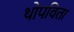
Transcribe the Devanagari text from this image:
थोपविता